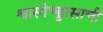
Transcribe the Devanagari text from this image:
श्वासोच्छ्वासाची